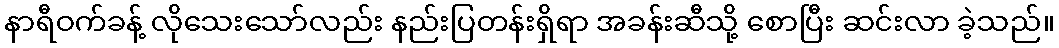
နာရီဝက်ခန့် လိုသေးသော်လည်း နည်းပြတန်းရှိရာ အခန်းဆီသို့ စောပြီး ဆင်းလာ ခဲ့သည်။